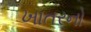
ખાતરનો